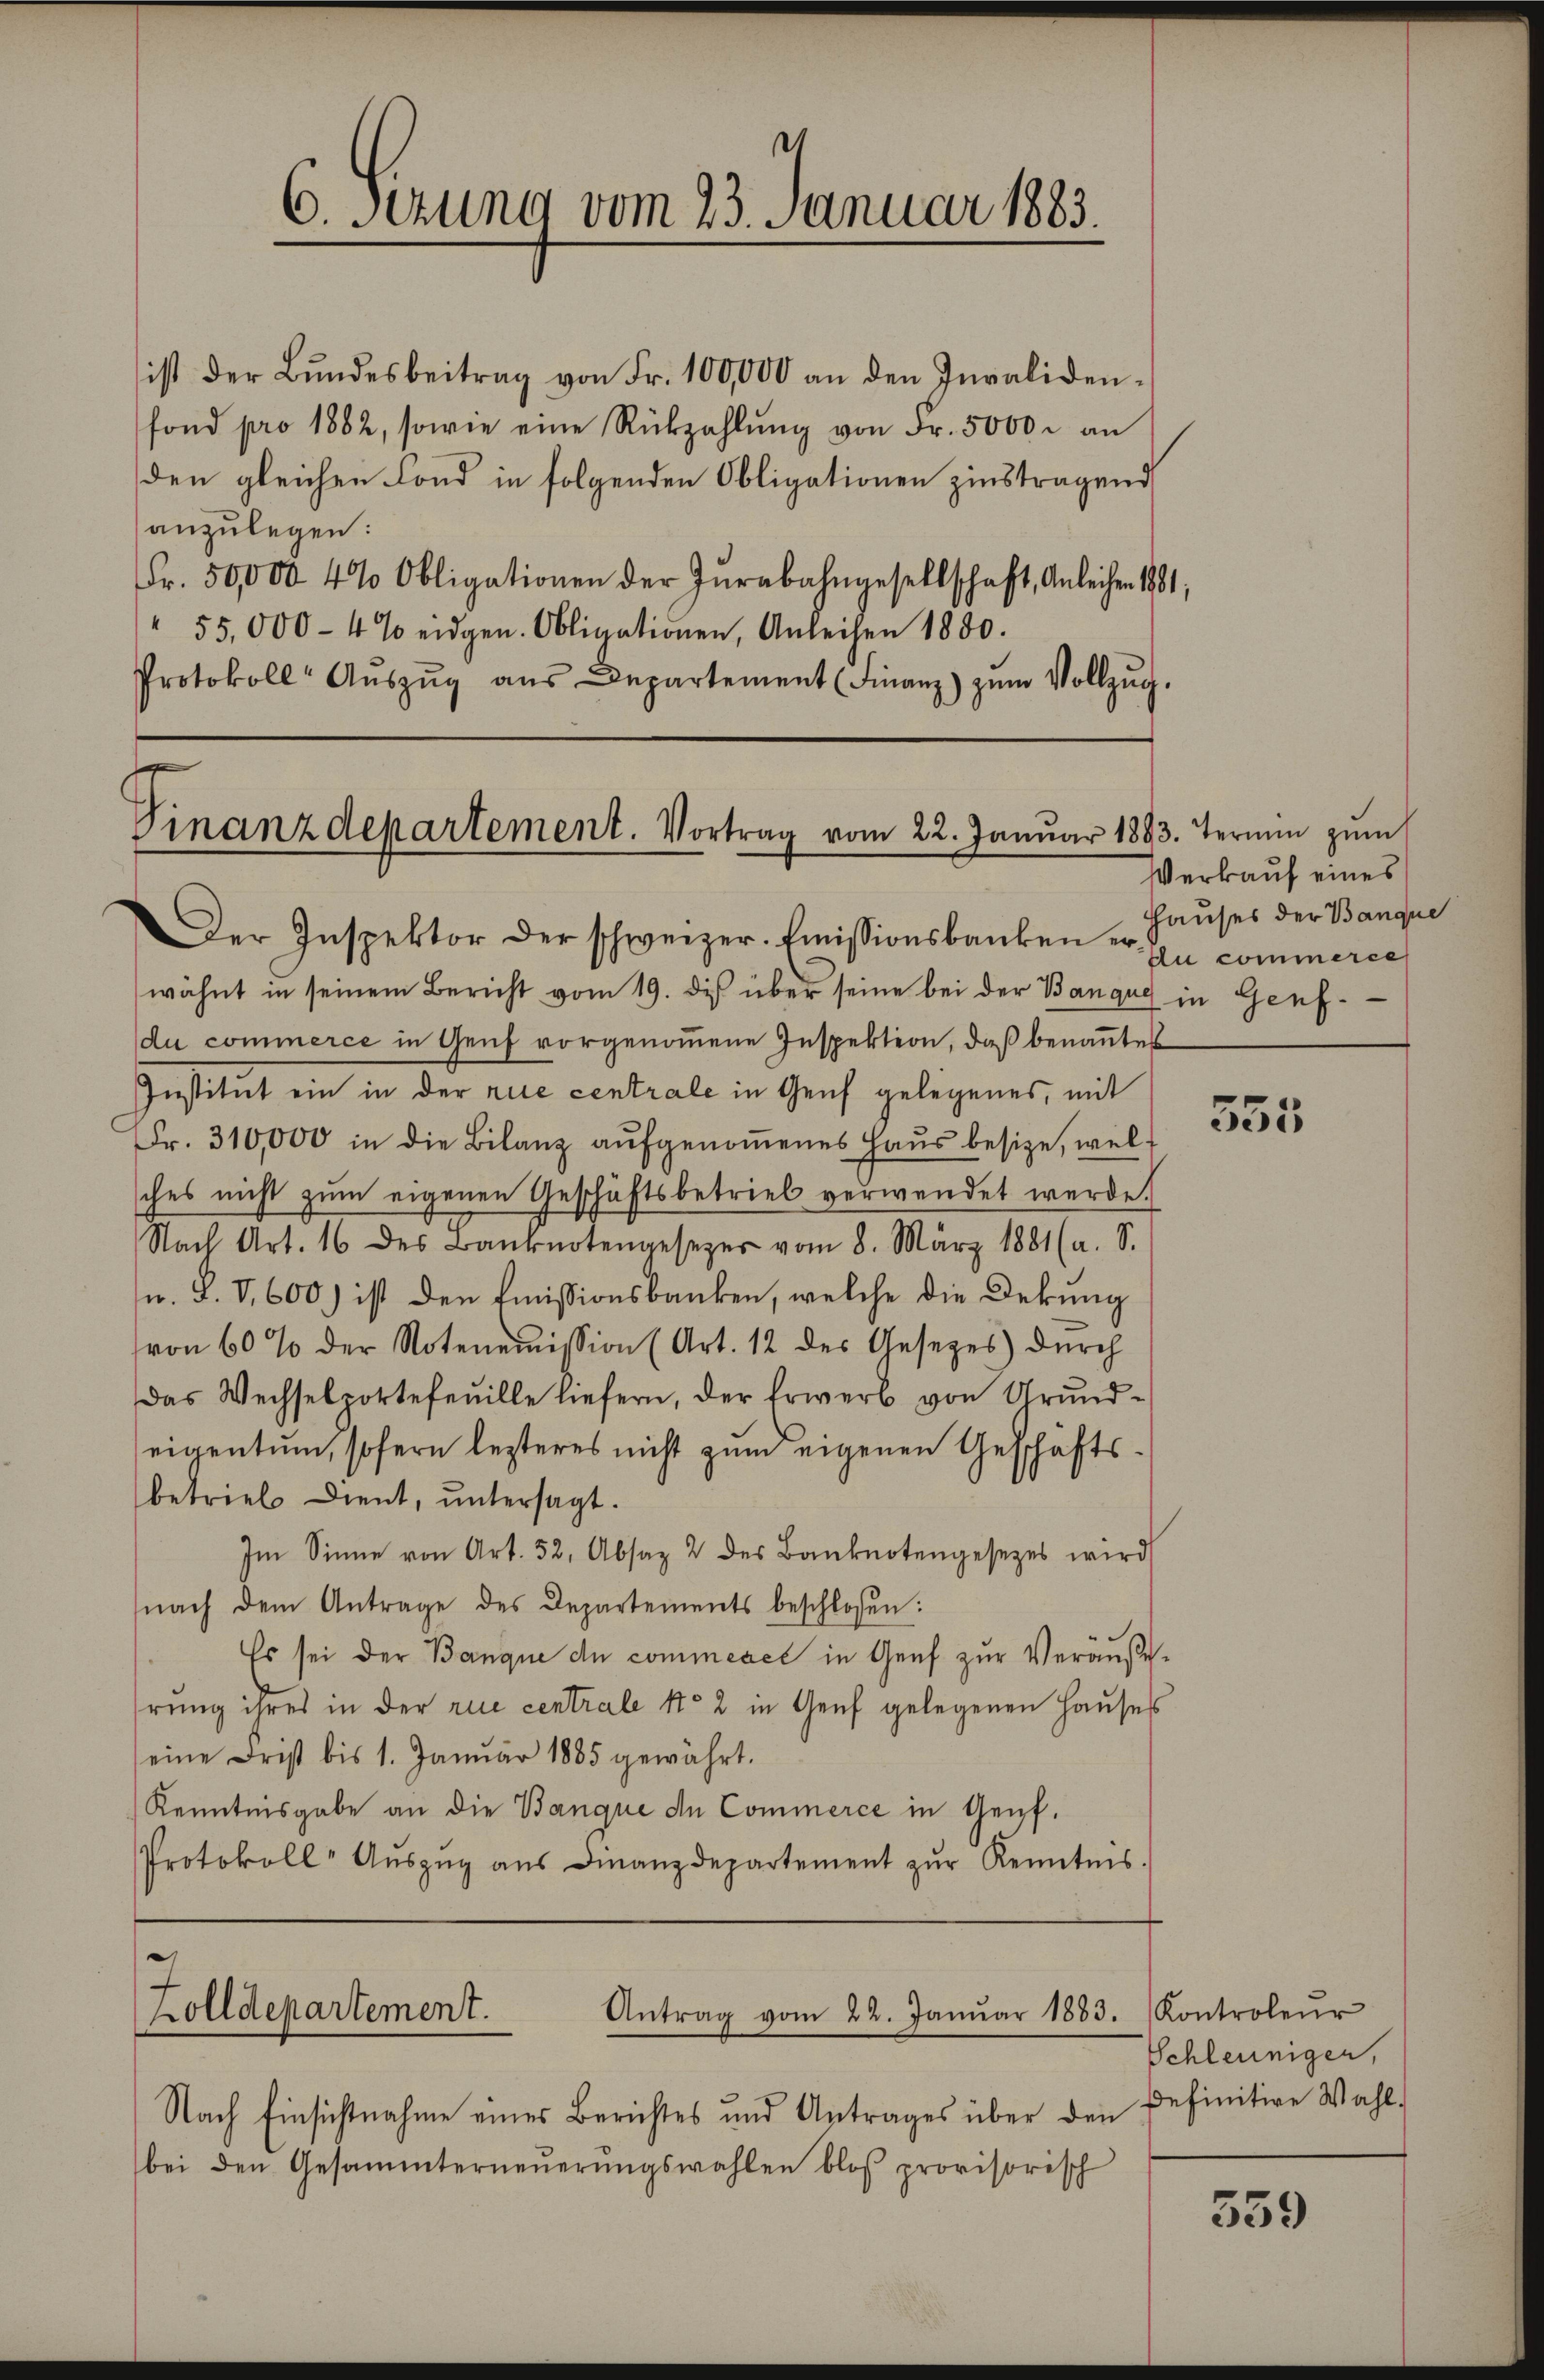
e
6. Sezung vom 23. Januar 1883.

ist der Bŭndesbeitrag von Fr. 100,000 an den Invaliden-
fond pro 1882, sowie eine Rückzahlŭng von Fr. 5000 r an
den gleichen Fond in folgenden Obligationen zinstragend
anzulegen:
Fr. 50,000 4% Obligationen der Jurabahngesellschaft, Anleihen 1881,
" 55,000 - 4 % eidgen. Obligationen, Anleihen 1880.
Protokoll Aŭszŭg aŭs Departement (Finanz) zŭm Vollzŭg.

Finanzdepartement. Vortrag vom 22. Janŭar 1883. Termin zŭm

Der Inspektor der schweizer. Emissionsbanken er Er commerce
wähnt in seinem Bericht vom 19. des über seine bei der Bangus in Genf
du commerce in Genf vorgenommene Inspektion, daß benanntes
Institut ein in der nie centrale in Genf gelegenes, mit
Fr. 310,000 in die Bilanz aŭfgenoṁenes Haŭs besize, wel
sches nicht zŭm eigenen Geschäftsbetrieb verwendet werde.
Nach Art. 16 des Banknotengesetzer vom 8. März 1881 (a. S.
n. P. V. 600) ist den Emissionsbanken, welche die Dekung
von 60 % der Notenoṁission (Art. 12 des Gesetzes dŭrch
Das Wechselportefeuille liefern, der Erwerb von Grundseigentum, sofern lezteres nicht zum eigenen Geschäftsbetrieb Dient, ŭntersagt.
Im Sinne von Art. 52, Absaz 2 des Banknotengesetzes wird
nach dem Antrage des Departements beschlossen:
Es sei der Banque de commence in Genf zur Veräußehrung ihres in der rue centrale No 2 in Genf gelegenen Hauses
eine Frist bis 1. Janŭar 1885 gewährt.
Kenntnisgabe an die Banque de Commerce in Genf¬
Protokoll- Aŭszŭg aŭs Finanzdepartement zŭr Kenntnis.

Zolldepartement.
Antrag vom 22. Januar 1883.

Nach Einsichtnahme eines Berichtes und Antrages über den
bei den Gesammterneŭerŭngswahlen bloß provisorisch

Verkauf eines
Hauses der Banque

555

Kontroleur
Schleuniger,
definitive Wahl.

559